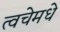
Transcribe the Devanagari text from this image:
त्वचेमधे